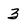
Character: 3